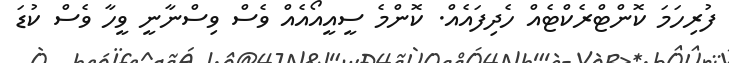
ފުރިހަމަ ކޮންޓްރެކްޓެއް ހެދިފައެއް. ކޮންމެ ސީއީއޯއެއް ވެސް ވިސްނާނީ ވީހާ ވެސް ކުޑަ